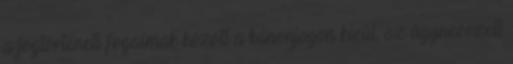
a jogtörténeti fogalmak között a kánonjogon kívül, az úgynevezett